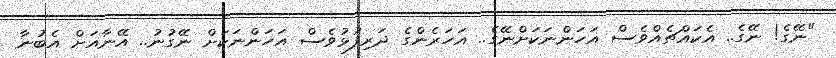
"ނޭގެ! ނޭގެ.. އެކައްޗެއްވެސް އަހަންނަކަށްނޭގެ.. އަހަރެންގެ ދަރިފުޅުވެސް އަހަންނަކަށް ނޭގުނު.. އޭނާއަށް އެބުނާ